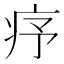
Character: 𤵈